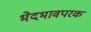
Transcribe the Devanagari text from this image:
भेदभावपरक